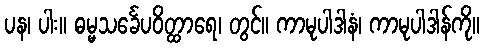
ပန၊ ပါး။ ဓမ္မသင်္ခေပဝိတ္ထာရေ၊ တွင်။ ကာမုပါဒါနံ၊ ကာမုပါဒါန်ကို။